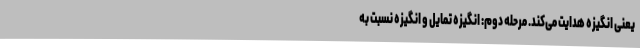
یعنی انگیزه هدایت می‌کند. مرحله دوم: انگیزه تمایل و انگیزه نسبت به